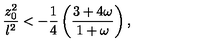
{ \frac { z _ { 0 } ^ { 2 } } { l ^ { 2 } } } < - { \frac { 1 } { 4 } } \left( { \frac { 3 + 4 \omega } { 1 + \omega } } \right) ,